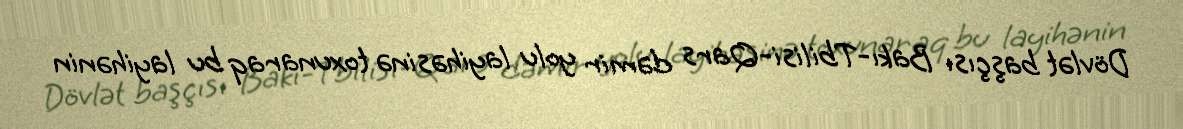
Dövlət başçısı Bakı-Tbilisi-Qars dəmir yolu layihəsinə toxunaraq bu layihənin